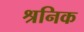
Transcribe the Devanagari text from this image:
श्रनिक